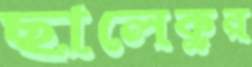
ছালেকুর